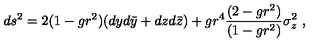
d s ^ { 2 } = 2 ( 1 - g r ^ { 2 } ) ( d y d \bar { y } + d z d \bar { z } ) + g r ^ { 4 } { \frac { ( 2 - g r ^ { 2 } ) } { ( 1 - g r ^ { 2 } ) } } \sigma _ { z } ^ { 2 } \ ,